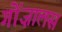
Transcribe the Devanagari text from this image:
गोंज़ालस